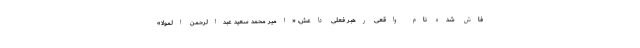
فاش شده نام واقعی رهبر فعلی داعش، «امیر محمد سعید عبدالرحمن المولا»